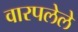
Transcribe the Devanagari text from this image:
वारपलेले